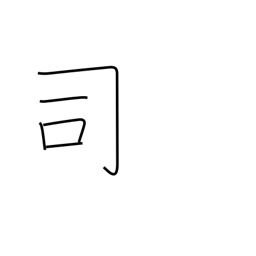
Meaning: director